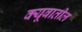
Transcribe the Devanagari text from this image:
क्यूबातील